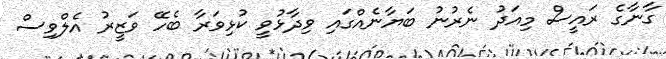
ގާނާގެ ރައީސް މިއަދު ނެރުނު ބަޔާނެއްގައި ވިދާޅުވީ ކުޅިވަރާ ބެހޭ ވަޒީރު އެލްވިސް